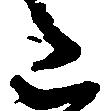
た